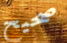
صحيح